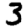
Digit: 3